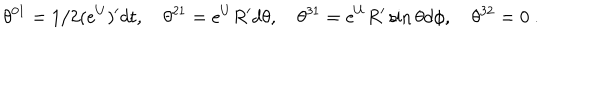
LaTeX: \theta ^ { 0 1 } = 1 / 2 ( e ^ { U } ) ^ { \prime } d t , \quad \theta ^ { 2 1 } = e ^ { U } R ^ { \prime } d \theta , \quad \theta ^ { 3 1 } = e ^ { U } R ^ { \prime } \sin \theta d \phi , \quad \theta ^ { 3 2 } = 0 \ .